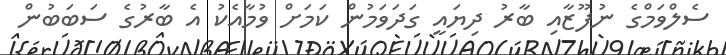
ސެލްވަމްގެ ނުފޫޒާއި ބާރު ދިޔައީ ގަދަވަމުން ކަމަށް ވުމާއެކު އެ ބާރުގެ ސަބަބުން